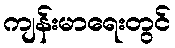
ကျန်းမာရေးတွင်